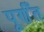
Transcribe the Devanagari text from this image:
पूर्णँत